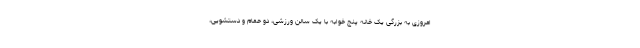
امروزی به بزرگی یک خانه پنج خوابه با یک سالن ورزشی، دو حمام و دستشویی،